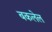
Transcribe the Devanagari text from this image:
बकलेल